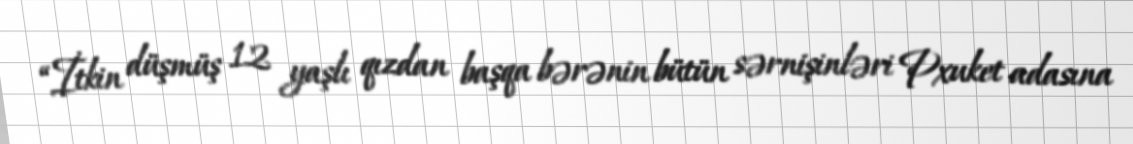
“İtkin düşmüş 12 yaşlı qızdan başqa bərənin bütün sərnişinləri Pxuket adasına